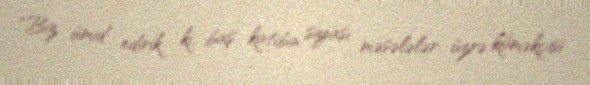
“Biz ümid edirik ki, baş katibin siyasi məsələlər üzrə köməkçisi